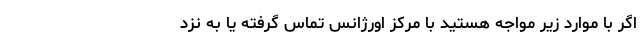
اگر با موارد زیر مواجه هستید با مرکز اورژانس تماس گرفته یا به نزد